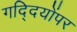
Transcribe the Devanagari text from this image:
गद्दियोंपर